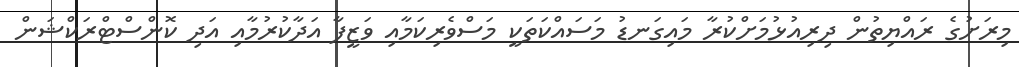
މިރަށުގެ ރައްޔިތުން ދިރިއުޅުމަށްކުރާ މައިގަނޑު މަސައްކަތަކީ މަސްވެރިކަމާއި ވަޒީފާ އަދާކުރުމާއި އަދި ކޮންސްޓްރަކްޝަން